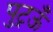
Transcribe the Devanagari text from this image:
पुट्रऊँ